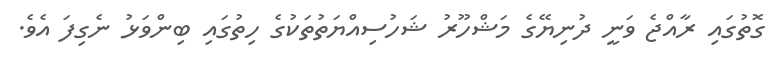
ގޮތުގައި ރާއްޖެ ވަނީ ދުނިޔޭގެ މަޝްހޫރު ޝަހުސިއްޔަތުތަކުގެ ހިތުގައި ބިންވަޅު ނެގިފަ އެވެ.